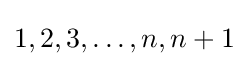
1,2,3,\dotsc ,n,n+1